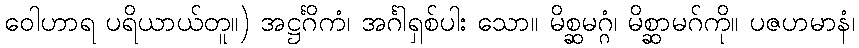
ဝေါဟာရ ပရိယာယ်တူ။) အဋ္ဌင်္ဂိကံ၊ အင်္ဂါရှစ်ပါး သော။ မိစ္ဆမဂ္ဂံ၊ မိစ္ဆာမဂ်ကို။ ပဇဟမာနံ၊